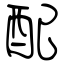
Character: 配